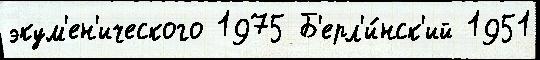
экум'ен'ического 1975 Б'ерл'и́нск'ий 1951